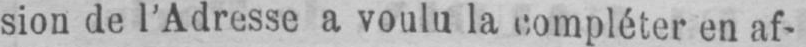
sion de l’Adresse a voulu la compléter en af-